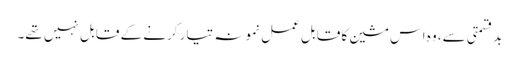
بدقسمتی سے، وہ اس مشین کا قابل عمل نمونہ تیار کرنے کے قابل نہیں تھے۔